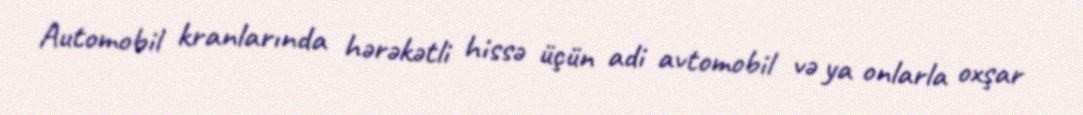
Automobil kranlarında hərəkətli hissə üçün adi avtomobil və ya onlarla oxşar